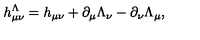
h _ { \mu \nu } ^ { \Lambda } = h _ { \mu \nu } + \partial _ { \mu } \Lambda _ { \nu } - \partial _ { \nu } \Lambda _ { \mu } ,